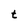
Character: t